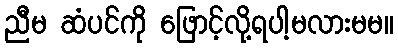
ညီမ ဆံပင်ကို ဖြောင့်လို့ရပါ့မလားမမ။